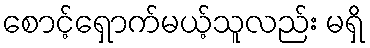
စောင့်ရှောက်မယ့်သူလည်း မရှိ